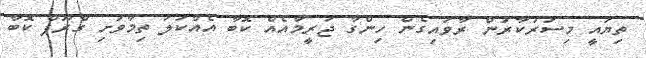
ތިޔައީ މިސަރުކާރުން ރާވައިގެން ހިންގާ ޖަރީމާއެއް ކޮބާ އެއްކަލަ ތިމާވަށި ގްރޫޕް ކޮބާ